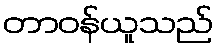
တာဝန်ယူသည်